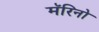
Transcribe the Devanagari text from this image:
मॅरिनो